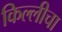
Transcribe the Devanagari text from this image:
किल्लीचा